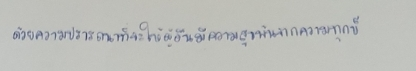
ด้วยความปรารถนาที่จะให้ผู้อื่นมีความสุขพ้นจากความทุกข์